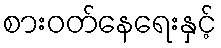
စားဝတ်နေရေးနှင့်